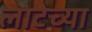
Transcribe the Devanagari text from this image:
लाटेच्या